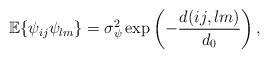
LaTeX: \begin{align*}\mathbb{E}\{\psi_{ij}\psi_{lm}\} = \sigma_\psi^2 \exp\left(-\frac{d(ij,lm)}{d_0}\right),\end{align*}